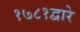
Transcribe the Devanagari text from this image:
१७८१द्वारे